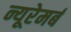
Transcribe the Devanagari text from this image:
न्यूरेमर्ब